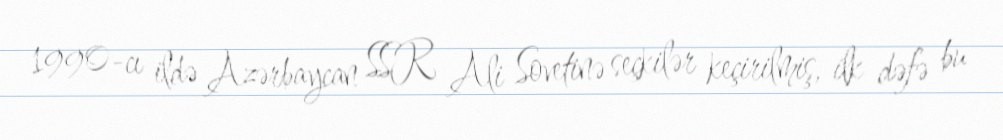
1990-cı ildə Azərbaycan SSR Ali Sovetinə seçkilər keçirilmiş, ilk dəfə bu